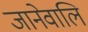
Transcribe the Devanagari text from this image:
जानेवालि